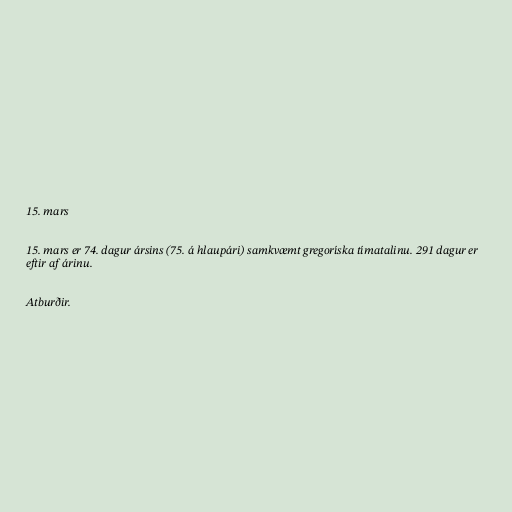
15. mars

15. mars er 74. dagur ársins (75. á hlaupári) samkvæmt gregoríska tímatalinu. 291 dagur er
eftir af árinu.

Atburðir.